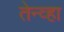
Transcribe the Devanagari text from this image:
तेन्व्हा